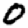
Digit: 0